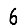
Digit: 6